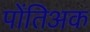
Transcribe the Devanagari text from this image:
पोंतिअक